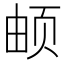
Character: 𬱖